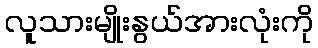
လူသားမျိုးနွယ်အားလုံးကို